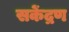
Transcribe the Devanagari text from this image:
सकेंद्रण